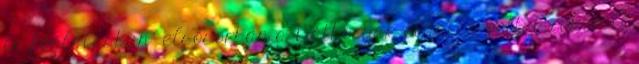
és foglalásban" elsősorban a Báthoryak oldalán vettek részt. A